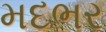
મદભર